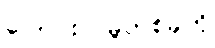
ပြောင်းလဲမှုတစ်ခုကို